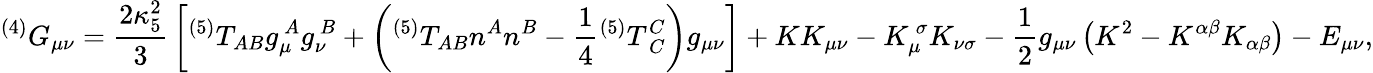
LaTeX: {}^{(4)}G_{\mu\nu}={\frac{2\kappa_{5}^{2}}{3}}\left[{}^{(5)}T_{AB}g_{\mu}^{~A}g_{\nu}^{~B}+\left({}^{(5)}T_{AB}n^{A}n^{B}-{\frac{1}{4}}{}^{(5)}T_{~C}^{C}\right)g_{\mu\nu}\right]+KK_{\mu\nu}-K_{\mu}^{~\sigma}K_{\nu\sigma}-{\frac{1}{2}}g_{\mu\nu}\left(K^{2}-K^{\alpha\beta}K_{\alpha\beta}\right)-E_{\mu\nu},